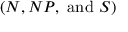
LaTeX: ( N , N P , { \mathrm { ~ a n d ~ } } S ) \,